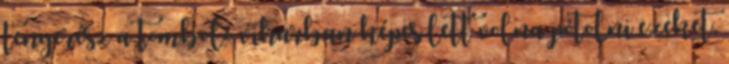
tengerész a tomboló viharban képes lett volna pótolni ezeket,